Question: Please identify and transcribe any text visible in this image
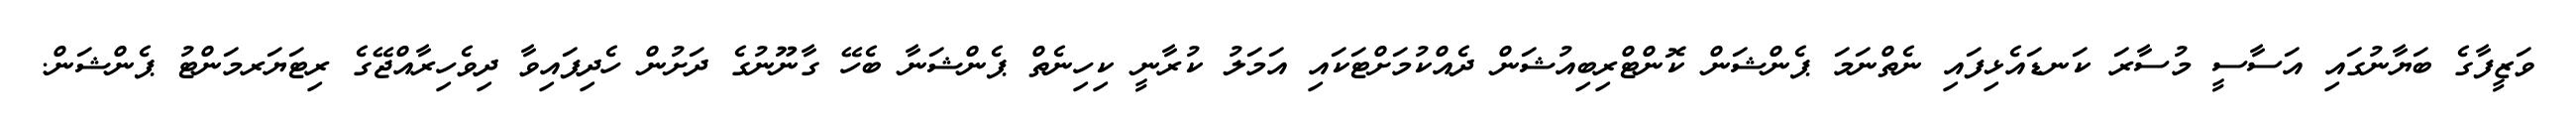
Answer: ވަޒީފާގެ ބަޔާނުގައި އަސާސީ މުސާރަ ކަނޑައެޅިފައި ނެތްނަމަ ޕެންޝަން ކޮންޓްރިބިއުޝަން ދެއްކުމަށްޓަކައި އަމަލު ކުރާނީ ކިހިނެތް ޕެންޝަނާ ބެހޭ ގާނޫނުގެ ދަށުން ހެދިފައިވާ ދިވެހިރާއްޖޭގެ ރިޓަޔަރމަންޓު ޕެންޝަން.